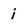
Character: i